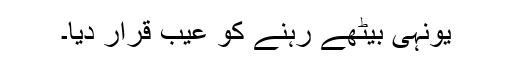
یونہی بیٹھے رہنے کو عیب قرار دیا۔